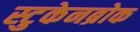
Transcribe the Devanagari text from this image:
स्टुकेनब्रोक